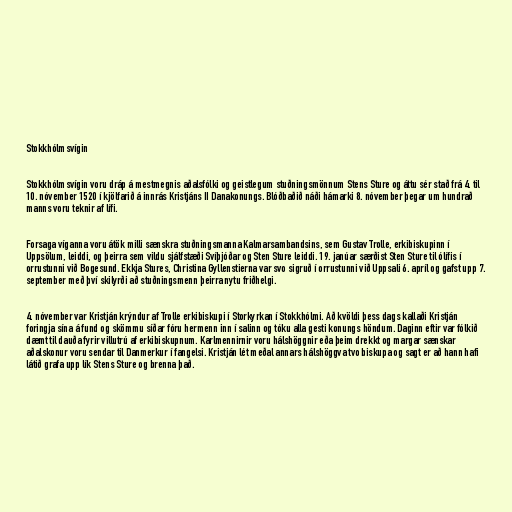
Stokkhólmsvígin

Stokkhólmsvígin voru dráp á mestmegnis aðalsfólki og geistlegum stuðningsmönnum Stens Sture og áttu sér stað frá 4. til
10. nóvember 1520 í kjölfarið á innrás Kristjáns II Danakonungs. Blóðbaðið náði hámarki 8. nóvember þegar um hundrað
manns voru teknir af lífi.

Forsaga víganna voru átök milli sænskra stuðningsmanna Kalmarsambandsins, sem Gustav Trolle, erkibiskupinn í
Uppsölum, leiddi, og þeirra sem vildu sjálfstæði Svíþjóðar og Sten Sture leiddi. 19. janúar særðist Sten Sture til ólífis í
orrustunni við Bogesund. Ekkja Stures, Christina Gyllenstierna var svo sigruð í orrustunni við Uppsali 6. apríl og gafst upp 7.
september með því skilyrði að stuðningsmenn þeirra nytu friðhelgi.

4. nóvember var Kristján krýndur af Trolle erkibiskupi í Storkyrkan í Stokkhólmi. Að kvöldi þess dags kallaði Kristján
foringja sína á fund og skömmu síðar fóru hermenn inn í salinn og tóku alla gesti konungs höndum. Daginn eftir var fólkið
dæmt til dauða fyrir villutrú af erkibiskupnum. Karlmennirnir voru hálshöggnir eða þeim drekkt og margar sænskar
aðalskonur voru sendar til Danmerkur í fangelsi. Kristján lét meðal annars hálshöggva tvo biskupa og sagt er að hann hafi
látið grafa upp lík Stens Sture og brenna það.